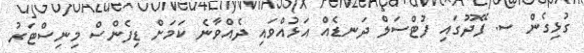
ގުޅިގެން ސ. ފޭދޫގައި ފުޓްސަލް ދަނޑެއް އަޅުއްވައި ދެއްވާނެ ކަމަށް ޑިފެންސް މިނިސްޓަރު